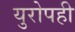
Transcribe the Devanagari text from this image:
युरोपही